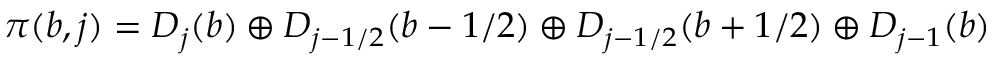
\pi ( b , j ) = D _ { j } ( b ) \oplus D _ { j - 1 / 2 } ( b - 1 / 2 ) \oplus D _ { j - 1 / 2 } ( b + 1 / 2 ) \oplus D _ { j - 1 } ( b )